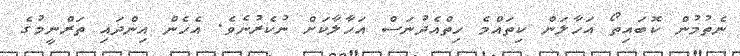
ނެތުމުން ކޮބައިތޯ އަހާލަން ކިތައްމެ ހިތްއެދުނަސް އަހާލާކަށް ނުކެރުނެވެ. އެހެން އިންދައި ތަރްނީމުގެ